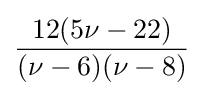
{\frac {12(5\nu -22)}{(\nu -6)(\nu -8)}}\!